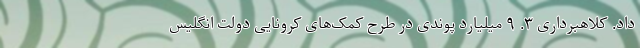
داد. کلاهبرداری ۳. ۹ میلیارد پوندی در طرح کمک‌های کرونایی دولت انگلیس